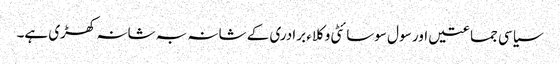
سیاسی جماعتیں اور سو ل سوسائٹی وکلاء برادری کے شانہ بہ شانہ کھڑی ہے۔